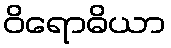
ဝိရောဓိယာ